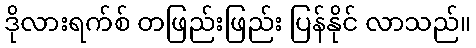
ဒိုလားရက်စ် တဖြည်းဖြည်း ပြန်နိုင် လာသည်။